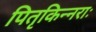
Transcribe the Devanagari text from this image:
पितृकिन्नराः